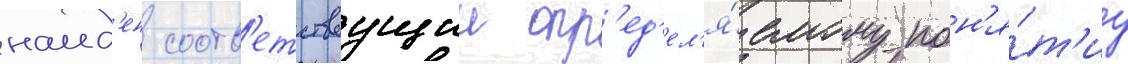
наид'ен соотв'етствуущии опр'ед'ел'я́емому пон'я́т'иу